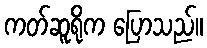
ကတ်ဆူရိုက ပြောသည်။